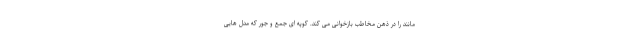
مانند را در ذهن مخاطب بازخوانی می کند. کوپه ای جمع و جور که مدل هایی